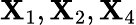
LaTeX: \mathbf{X}_{1},\mathbf{X}_{2},\mathbf{X}_{4}